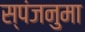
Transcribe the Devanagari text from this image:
स्पंजनुमा